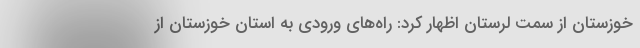
خوزستان از سمت لرستان اظهار کرد: راه‌های ورودی به استان خوزستان از